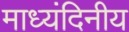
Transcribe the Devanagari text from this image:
माध्यंदिनीय